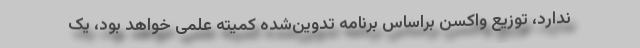
ندارد، توزیع واکسن براساس برنامه تدوین‌شده کمیته علمی خواهد بود، یک